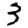
Digit: 3